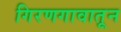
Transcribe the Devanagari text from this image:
गिरणगावातून